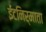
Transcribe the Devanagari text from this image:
ईंटनिर्माता